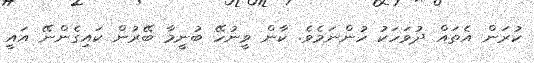
ކުރަން އެތައް ދުވަހަކު ހުންނަމެވެ. ކާން ވީނުހޭ ބުނީމާ ބޭރުން ކައިގެންނޭ އައީ